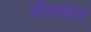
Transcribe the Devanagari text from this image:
चीननंतर